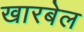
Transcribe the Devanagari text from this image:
खारबेल